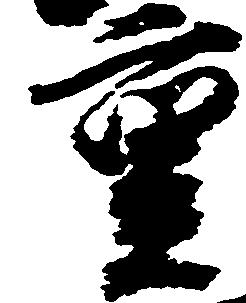
重